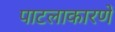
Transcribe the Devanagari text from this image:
पाटलाकारणें